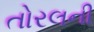
તોરલની